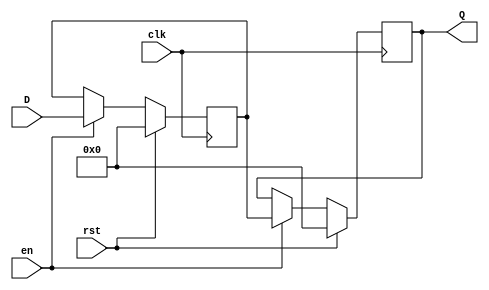
module PipelineBuffer #(
    parameter DATA_WIDTH = 8,  // Width of the data bus
    parameter DEPTH = 1         // Number of pipeline stages (depth)
)(
    input wire clk,             // Clock signal
    input wire rst,             // Synchronous reset signal
    input wire en,              // Enable signal
    input wire [DATA_WIDTH-1:0] D,  // Data input
    output reg [DATA_WIDTH-1:0] Q   // Data output
);

    // Internal storage for the pipeline buffer
    reg [DATA_WIDTH-1:0] buffer [0:DEPTH-1]; // Array of registers for multiple stages
    integer i;

    // Sequential logic for the pipeline buffer
    always @(posedge clk) begin
        if (rst) begin
            // Synchronous reset: clear all stages
            for (i = 0; i < DEPTH; i = i + 1) begin
                buffer[i] <= 0;
            end
            Q <= 0; // Clear output on reset
        end else if (en) begin
            // Shift data through the pipeline
            for (i = DEPTH-1; i > 0; i = i - 1) begin
                buffer[i] <= buffer[i-1]; // Shift data
            end
            buffer[0] <= D; // Load new data into the first stage
            Q <= buffer[DEPTH-1]; // Output the last stage
        end
    end

endmodule